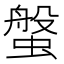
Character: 螌